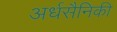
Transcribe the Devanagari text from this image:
अर्धसैनिकी